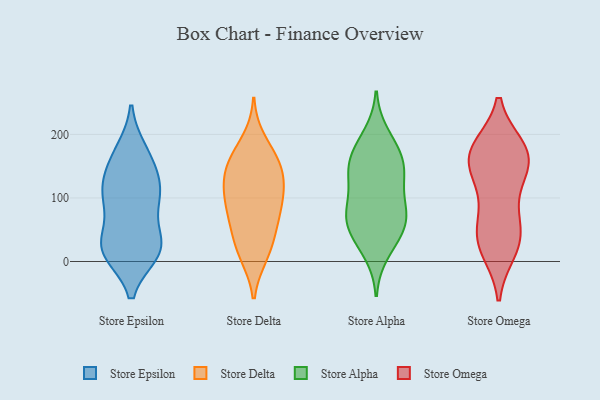
{"axis": {"x": "Population (Million)", "y": "Value"}, "legend": ["Store Alpha", "Store Delta", "Store Epsilon", "Store Omega"], "data": [{"x": "", "y": 138, "type": "Store Epsilon"}, {"x": "", "y": 170, "type": "Store Epsilon"}, {"x": "", "y": 15, "type": "Store Epsilon"}, {"x": "", "y": 111, "type": "Store Epsilon"}, {"x": "", "y": 21, "type": "Store Epsilon"}, {"x": "", "y": 105, "type": "Store Epsilon"}, {"x": "", "y": 15, "type": "Store Epsilon"}, {"x": "", "y": 151, "type": "Store Epsilon"}, {"x": "", "y": 18, "type": "Store Epsilon"}, {"x": "", "y": 37, "type": "Store Epsilon"}, {"x": "", "y": 95, "type": "Store Epsilon"}, {"x": "", "y": 14, "type": "Store Epsilon"}, {"x": "", "y": 37, "type": "Store Epsilon"}, {"x": "", "y": 96, "type": "Store Epsilon"}, {"x": "", "y": 110, "type": "Store Epsilon"}, {"x": "", "y": 174, "type": "Store Epsilon"}, {"x": "", "y": 89, "type": "Store Delta"}, {"x": "", "y": 156, "type": "Store Delta"}, {"x": "", "y": 73, "type": "Store Delta"}, {"x": "", "y": 146, "type": "Store Delta"}, {"x": "", "y": 54, "type": "Store Delta"}, {"x": "", "y": 190, "type": "Store Delta"}, {"x": "", "y": 11, "type": "Store Delta"}, {"x": "", "y": 157, "type": "Store Delta"}, {"x": "", "y": 10, "type": "Store Delta"}, {"x": "", "y": 114, "type": "Store Delta"}, {"x": "", "y": 111, "type": "Store Delta"}, {"x": "", "y": 29, "type": "Store Delta"}, {"x": "", "y": 62, "type": "Store Delta"}, {"x": "", "y": 102, "type": "Store Delta"}, {"x": "", "y": 125, "type": "Store Delta"}, {"x": "", "y": 159, "type": "Store Delta"}, {"x": "", "y": 73, "type": "Store Alpha"}, {"x": "", "y": 124, "type": "Store Alpha"}, {"x": "", "y": 69, "type": "Store Alpha"}, {"x": "", "y": 200, "type": "Store Alpha"}, {"x": "", "y": 175, "type": "Store Alpha"}, {"x": "", "y": 180, "type": "Store Alpha"}, {"x": "", "y": 148, "type": "Store Alpha"}, {"x": "", "y": 93, "type": "Store Alpha"}, {"x": "", "y": 150, "type": "Store Alpha"}, {"x": "", "y": 44, "type": "Store Alpha"}, {"x": "", "y": 34, "type": "Store Alpha"}, {"x": "", "y": 59, "type": "Store Alpha"}, {"x": "", "y": 145, "type": "Store Alpha"}, {"x": "", "y": 13, "type": "Store Alpha"}, {"x": "", "y": 65, "type": "Store Alpha"}, {"x": "", "y": 89, "type": "Store Alpha"}, {"x": "", "y": 141, "type": "Store Alpha"}, {"x": "", "y": 18, "type": "Store Omega"}, {"x": "", "y": 81, "type": "Store Omega"}, {"x": "", "y": 177, "type": "Store Omega"}, {"x": "", "y": 134, "type": "Store Omega"}, {"x": "", "y": 24, "type": "Store Omega"}, {"x": "", "y": 170, "type": "Store Omega"}, {"x": "", "y": 129, "type": "Store Omega"}, {"x": "", "y": 60, "type": "Store Omega"}, {"x": "", "y": 34, "type": "Store Omega"}, {"x": "", "y": 170, "type": "Store Omega"}, {"x": "", "y": 178, "type": "Store Omega"}, {"x": "", "y": 41, "type": "Store Omega"}, {"x": "", "y": 167, "type": "Store Omega"}, {"x": "", "y": 155, "type": "Store Omega"}]}